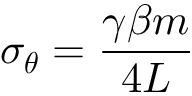
\sigma _ { { \boldsymbol { \theta } } } = \frac { \gamma \beta m } { 4 L }